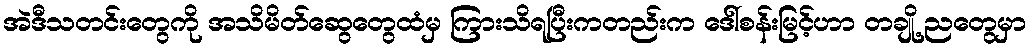
အဲဒီသတင်းတွေကို အသိမိတ်ဆွေတွေထံမှ ကြားသိရပြီးကတည်းက ဒေါ်စန်းမြင့်ဟာ တချို့ ညတွေမှာ